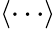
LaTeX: \left<\cdots\right>